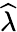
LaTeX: \widehat{\lambda}